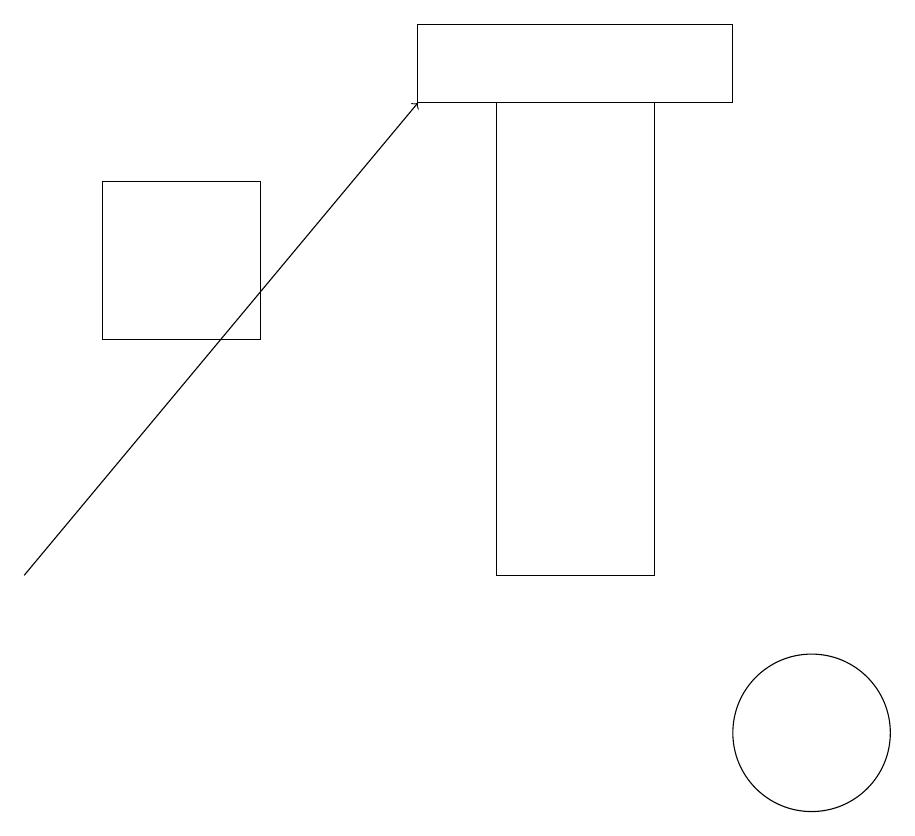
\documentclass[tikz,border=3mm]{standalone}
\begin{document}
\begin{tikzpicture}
\draw[->] (0,12) -- (5,18);
\draw (6,18) rectangle (8,12);
\draw (10,10) circle (1);
\draw (3,15) rectangle (1,17);
\draw (9,19) rectangle (5,18);
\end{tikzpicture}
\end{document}